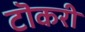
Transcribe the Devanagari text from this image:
टॊकरी